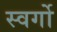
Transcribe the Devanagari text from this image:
स्वर्गो